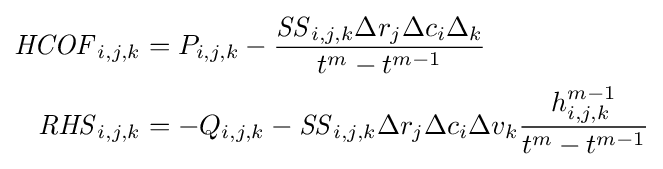
{\begin{aligned}{\mathit {HCOF}}_{i,j,k}&=P_{i,j,k}-{\frac {{\mathit {SS}}_{i,j,k}\Delta r_{j}\Delta c_{i}\Delta _{k}}{t^{m}-t^{m-1}}}\\{\mathit {RHS}}_{i,j,k}&=-Q_{i,j,k}-{\mathit {SS}}_{i,j,k}\Delta r_{j}\Delta c_{i}\Delta v_{k}{\frac {h_{i,j,k}^{m-1}}{t^{m}-t^{m-1}}}\end{aligned}}